Vaccination returns of the Province of Eastern Bengal and Assam - 1905-1912
Year: 1905
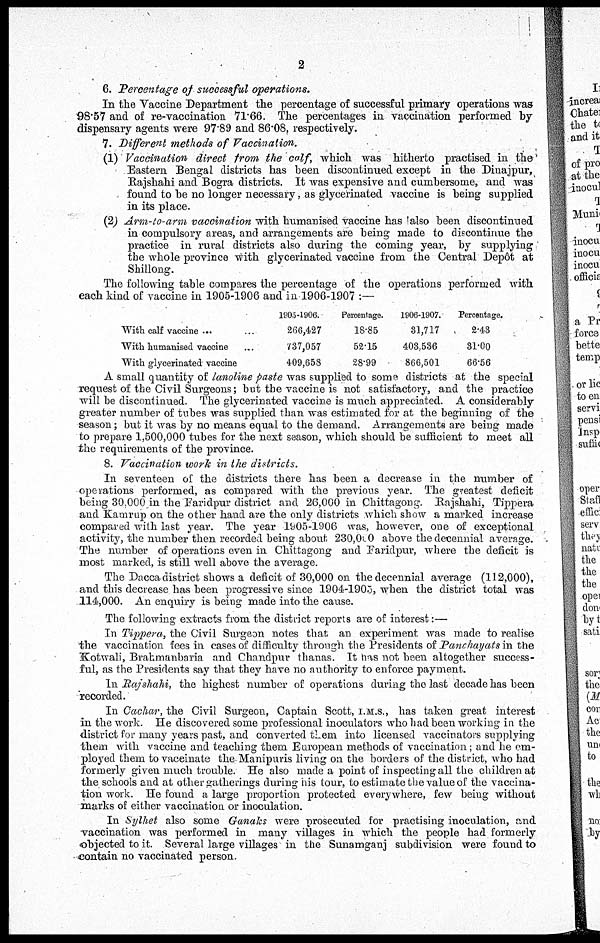
2
6. Percentage of successful operations.
In the Vaccine Department the percentage of successful primary operations was
98.57 and of re-vaccination 71.66. The percentages in vaccination performed by
dispensary agents were 97.89 and 86.08, respectively.
7. Different methods of Vaccination.
(1) Vaccination direct from the calf, which was hitherto practised in the
Eastern Bengal districts has been discontinued except in the Dinajpur,
Rajshahi and Bogra districts. It was expensive and cumbersome, and was
found to be no longer necessary, as glycerinated vaccine is being supplied
in its place.
(2) Arm-to-arm vaccination with humanised vaccine has also been discontinued
in compulsory areas, and arrangements are being made to discontinue the
practice in rural districts also during the coming year, by supplying
the whole province with glycerinated vaccine from the Central Depôt at
Shillong.
The following table compares the percentage of the operations performed with
each kind of vaccine in 1905-1906 and in 1906-1907 :—
With calf vaccine ... ...
With humanised vaccine ...
With glycerinated vaccine ...
1905-1906.
266,427
737,057
409,658
Percentage.
18.85
52.15
28.99
1906-1907.
31,717
403,536
866,501
Percentage.
2.43
31.00
66.56
A small quantity of lanoline paste was supplied to some districts at the special
request of the Civil Surgeons; but the vaccine is not satisfactory, and the practice
will be discontinued. The glycerinated vaccine is much appreciated. A considerably
greater number of tubes was supplied than was estimated for at the beginning of the
season; but it was by no means equal to the demand. Arrangements are being made
to prepare 1,500,000 tubes for the next season, which should be sufficient to meet all
the requirements of the province.
8. Vaccination work in the districts.
In seventeen of the districts there has been a decrease in the number of
operations performed, as compared with the previous year. The greatest deficit
being 30,000 in the Faridpur district and 26,000 in Chittagong. Rajshahi, Tippera
and Kamrup on the other hand are the only districts which show a marked increase
compared with last year. The year 1905-1906 was, however, one of exceptional
activity, the number then recorded being about 230,000 above the decennial average.
The number of operations even in Chittagong and Faridpur, where the deficit is
most marked, is still well above the average.
The Dacca district shows a deficit of 30,000 on the decennial average (112,000),
and this decrease has been progressive since 1904-1905, when the district total was
114,000. An enquiry is being made into the cause.
The following extracts from the district reports are of interest:—
In Tippera, the Civil Surgeon notes that an experiment was made to realise
the vaccination fees in cases of difficulty through the Presidents of Panchayats in the
Kotwali, Brahmanbaria and Chandpur thanas. It has not been altogether success-
ful, as the Presidents say that they have no authority to enforce payment.
In Rajshahi, the highest number of operations during the last decade has been
recorded.
In Cachar, the Civil Surgeon, Captain Scott, I.M.S., has taken great interest
in the work. He discovered some professional inoculators who had been working in the
district for many years past, and converted them into licensed vaccinators supplying
them with vaccine and teaching them European methods of vaccination; and he em-
ployed them to vaccinate the Manipuris living on the borders of the district, who had
formerly given much trouble. He also made a point of inspecting all the children at
the schools and at other gatherings during his tour, to estimate the value of the vaccina-
tion work. He found a large proportion protected everywhere, few being without
marks of either vaccination or inoculation.
In Sylhet also some Ganaks were prosecuted for practising inoculation, and
vaccination was performed in many villages in which the people had formerly
objected to it. Several large villages in the Sunamganj subdivision were found to
contain no vaccinated person.